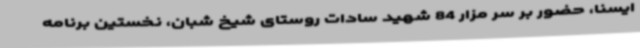
ایسنا، حضور بر سر مزار 84 شهید سادات روستای شیخ شبان، نخستین برنامه